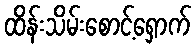
ထိန်းသိမ်းစောင့်ရှောက်